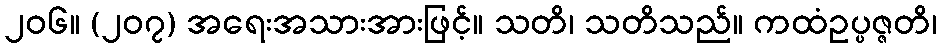
၂၀၆။ (၂၀၇) အရေးအသားအားဖြင့်။ သတိ၊ သတိသည်။ ကထံဥပ္ပဇ္ဇတိ၊